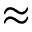
\approx